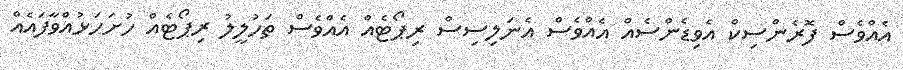
އެއްވެސް ފޮރެންސިކް އެވިޑެންސެއް އެއްވެސް އެނަލިސިސް ރިޕޯޓެއް އެއްވެސް ތަހުލީލު ރިޕޯޓެއް ހުށަހަޅުއްވާފައެއް